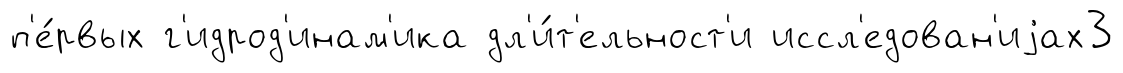
п'е́рвых г'идрод'инам'ика дл'и́т'ельност'и иссл'едован'иjах3